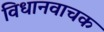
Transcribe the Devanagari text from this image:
विधानवाचक